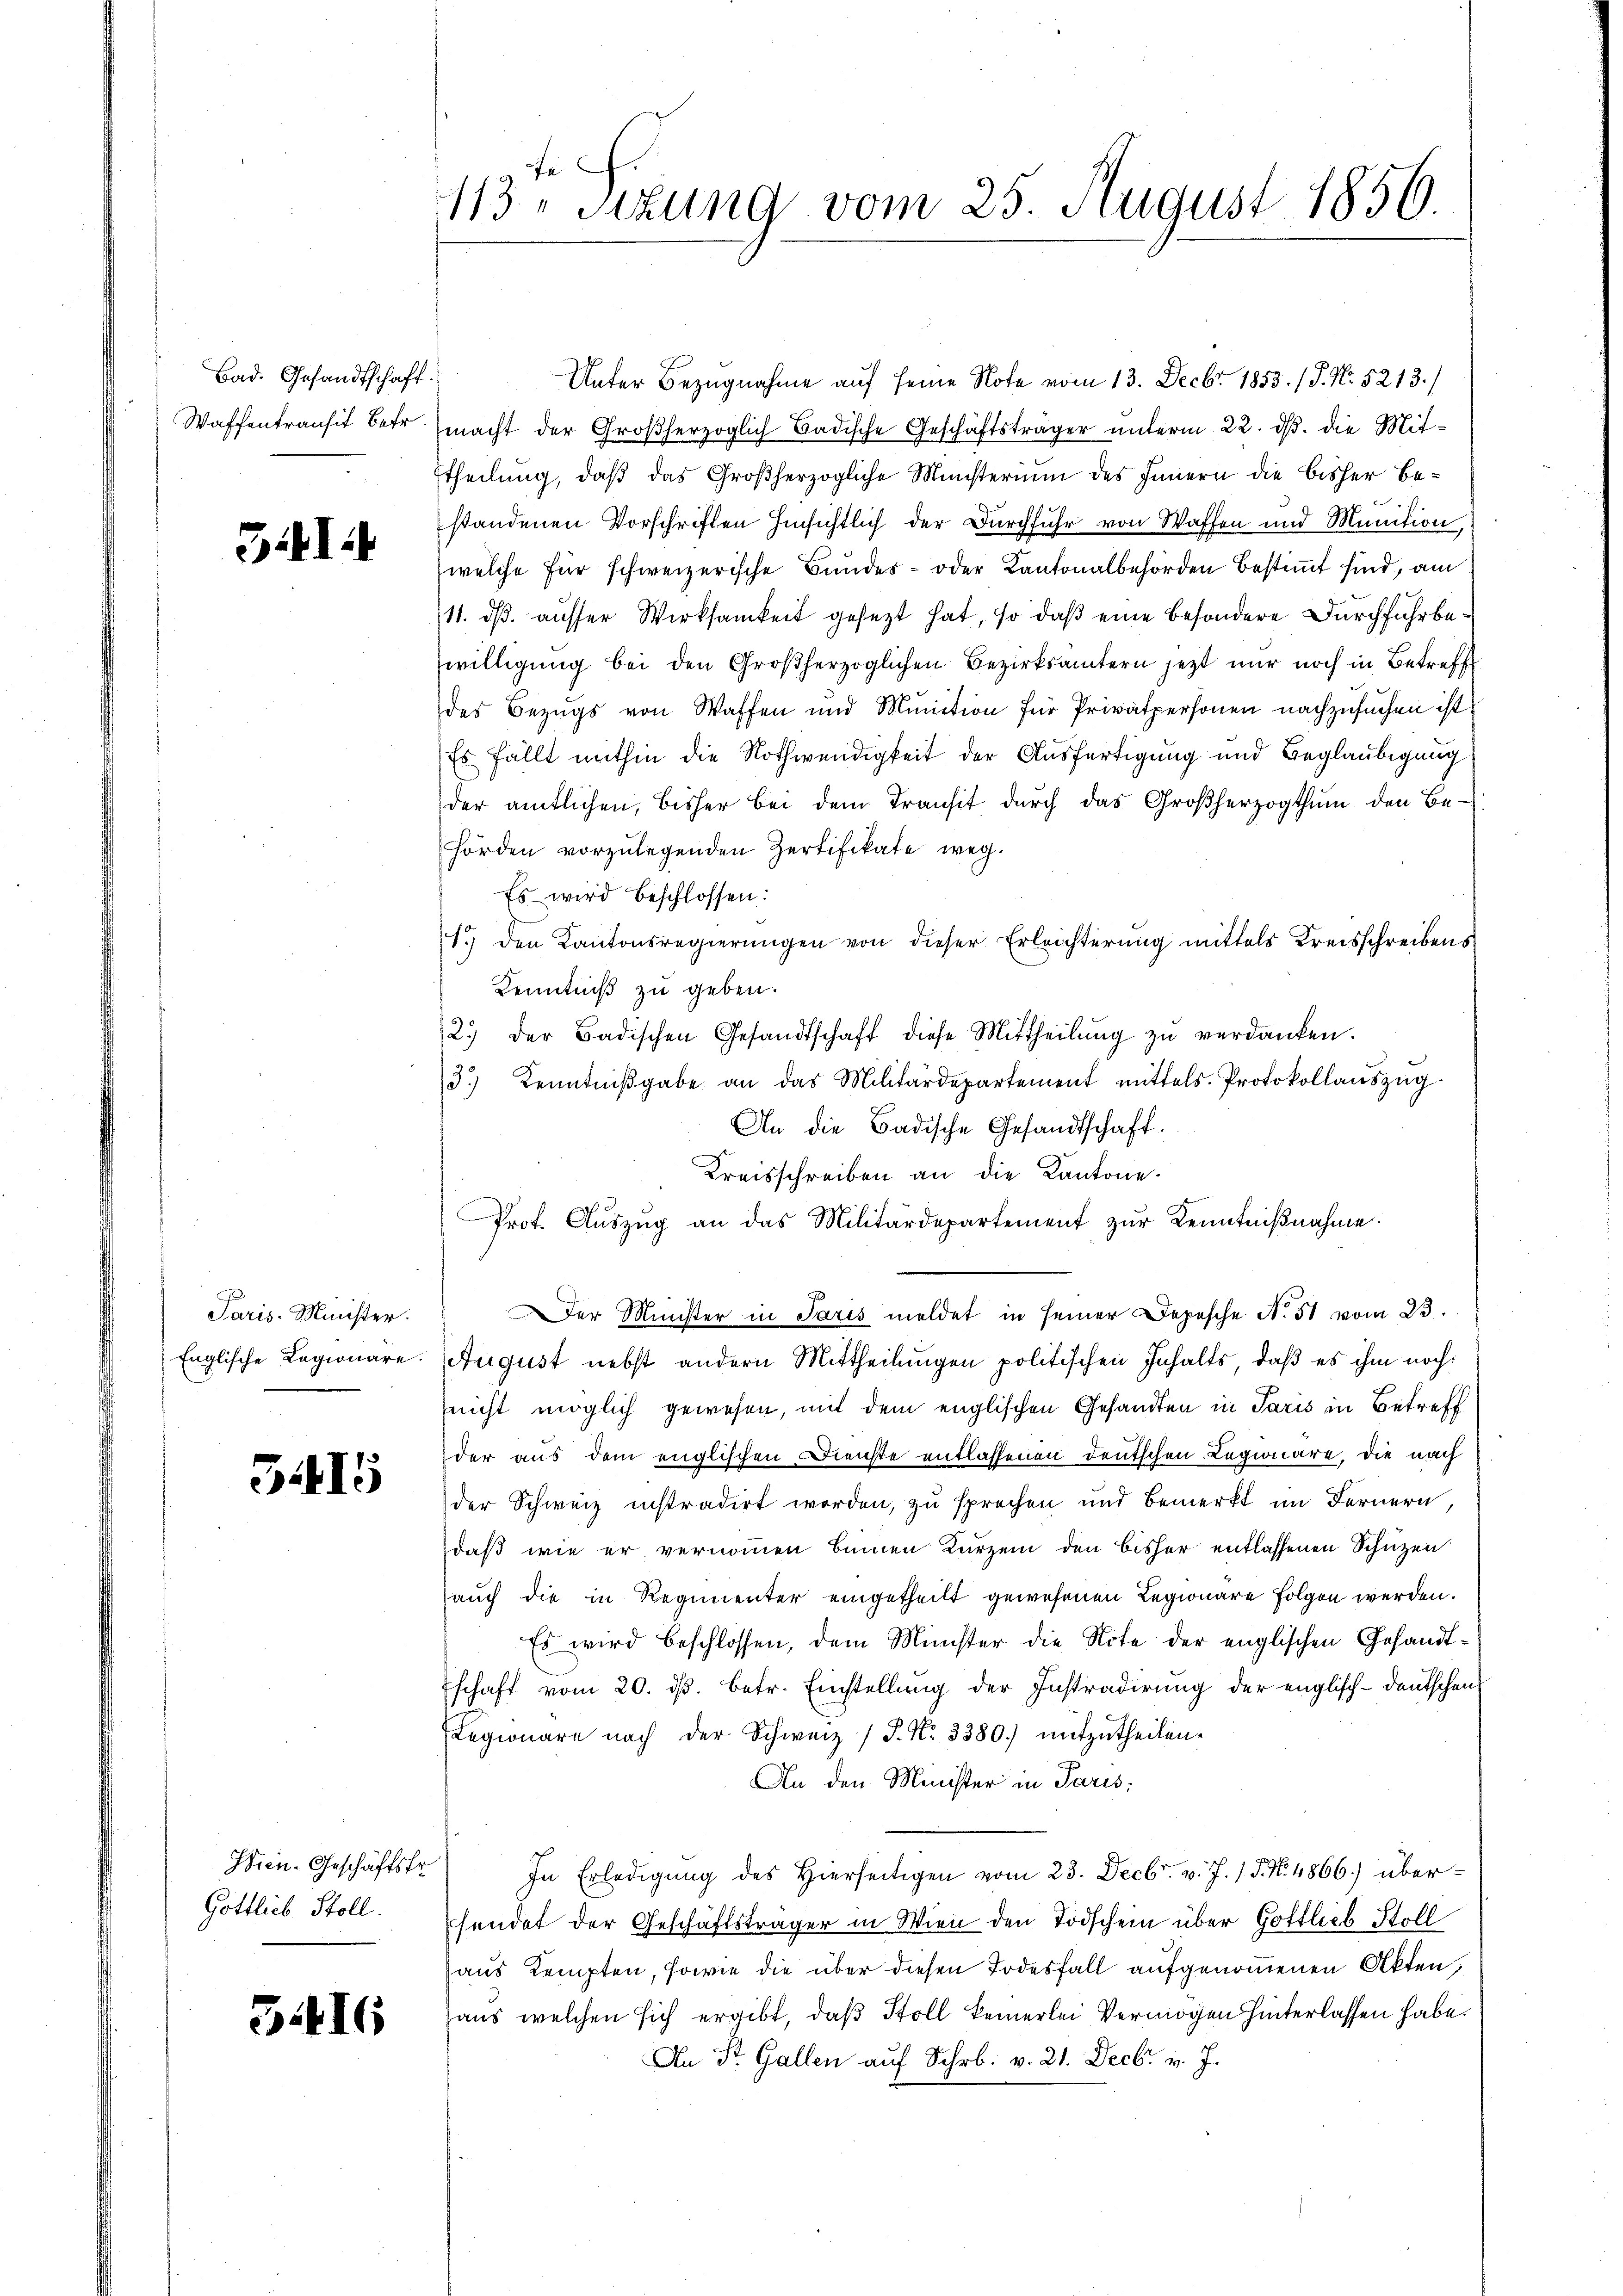
Bad. Gesandtschaft.
Waffentransit betr.

341.

Paris-Minister.
Englische Legionäre.

5415

Wien-Geschäftsfr.
Gottlich Stoll.

5416

Fe
113. Sitzung vom 25. August 1856.

Unter Bezugnahme auf seine Note vom 13. Decbr. 1853. / P. Nr. 5213./
macht der Großherzoglich Badische Geschäftsträger unterm 22. ds. die Mittheilung, daß das Großherzogliche Münsterium des Innern die bisher Be-
standenen Vorschriften hinsichtlich der Durchfuhr von Waffen und Munition
welche für schweizerische Bundes- oder Kantonalbehörden bestimmt sind, am
11. dß. ausser Wirksamkeit gesezt hat, so daß eine besondere Durchfuhrbewilligung bei den Großherzoglichen Bezirksämtern jetzt nur noch in Betreffe
des Bezugs von Waffen und Munition für Privatpersonen nachzusuchen ist
Es fällt mithin die Nothwendigkeit der Ausfertigung und Beglaubigung
der amtlichen, bisher bei dem Transit durch das Großherzogthum den Be-
hörden vorzulegenden Zertifikate weg.
Es wird beschlossen:
1.) den Kantonsregierŭngen von dieser Erleichterung mittels Kreisschreibens
Kenntniß zu geben.
2.) der Badischen Gesandtschaft diese Mittheilŭng zŭ verdanken.
3.) Kenntniβgabe an das Militärdepartement mittels. Protokollaŭszŭg.
An die Badische Gesandtschaft.
Kreisschreiben an die Kantone.
rot. Aŭszŭg an das Militärdepartement zŭr Kenntniβnahme.
Der Minister in Paris meldet in seiner Depesche N. 51 vom 23.
August nebst andern Mittheilungen politischen Inhalts, daß es ihm noch:
nicht möglich gewesen, mit dem englischen Gesandten in Paris in Betreff
der aus dem englischen Dienste entlassenen Deutschen Legionare, die nach
der Schweiz instradirt worden, zu sprechen und bemerkt im Fernern,
daß wie er vernommen binnen Kurzem den bisher entlassenen Schuzen
auch die in Regimenter eingetheilt gewesenen Legionare folgen werden.
Es wird beschlossen, dem Minister die Note der englischen Gesandtschaft vom 20. ds. betr. Einstellung der Instradirung der englisch-deutschens
Legionare nach der Schweiz / P. Nr. 3380.) mitzŭtheilen.
An den Minister in Paris;
In Erledigŭng des hierseitigen vom 23. Decbr. v. J. 18. No. 4866) übersendet der Geschäftsträger in Wien den Todschein über Gottlieb Stoll
aus Kempten, sowie die über diesen Todesfall aufgenommenen Akten,
aus welchen sich ergibt, daß Stoll keinerlei Vermögen hinterlassen habe.
An St. Gallen auf Schr. v. 21. Decbr. v. J.